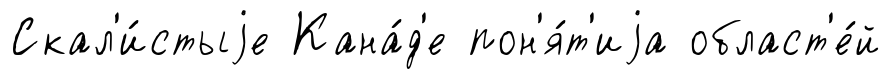
Скал'и́стыjе Кана́д'е пон'я́т'иjа област'е́й